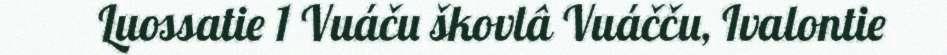
Luossatie 1 Vuáču škovlâ Vuáčču, Ivalontie